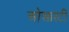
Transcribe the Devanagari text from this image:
ओआरटी